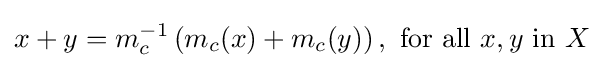
x+y=m_{c}^{-1}\left(m_{c}(x)+m_{c}(y)\right),{\text{ for all }}x,y{\text{ in }}X